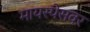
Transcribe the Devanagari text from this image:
मायस्पेसवर